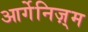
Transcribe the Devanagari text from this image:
आर्गेनिज़्म